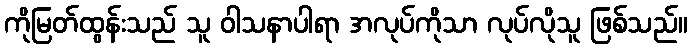
ကိုမြတ်ထွန်းသည် သူ ဝါသနာပါရာ အလုပ်ကိုသာ လုပ်လိုသူ ဖြစ်သည်။